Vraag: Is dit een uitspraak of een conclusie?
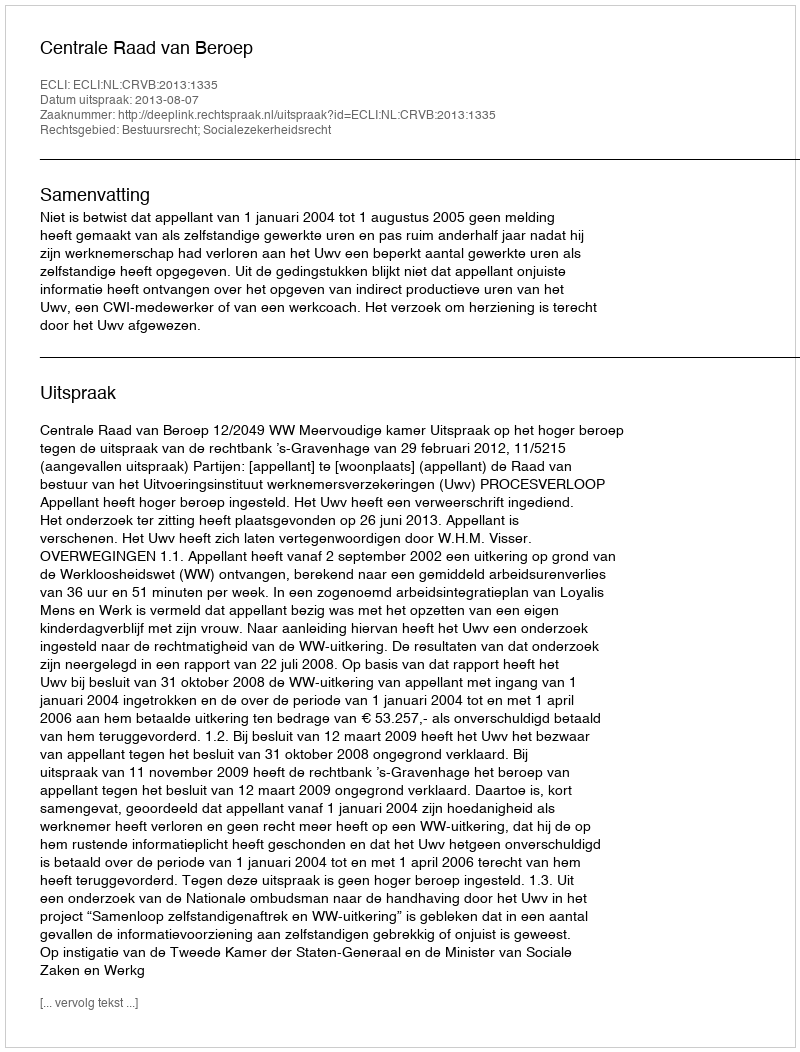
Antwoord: Uitspraak